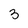
Character: 3